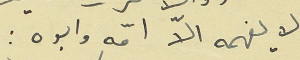
لا يفهمه الاّ امّه وابوه :